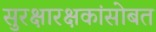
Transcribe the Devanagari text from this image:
सुरक्षारक्षकांसोबत